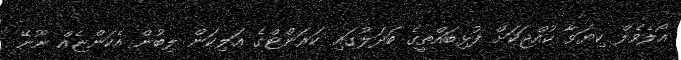
އޯލެވެލް ކިޔަވާ ކުއްޖަކަށް ފުޅިބައްތީގެ ބަދަލުގައި ކަރަންޓްގެ އަލިކަން ލިބުން އެކަންޏެއް ނޫނޭ